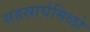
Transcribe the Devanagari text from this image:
सहस्रार्घमिळो